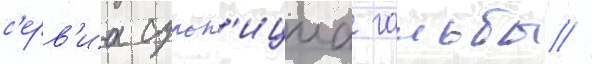
с'ерв'иа сульп'ициа гальбы //